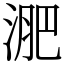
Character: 淝